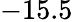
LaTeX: -15.5